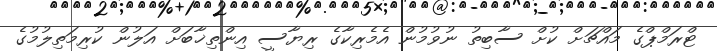
ޓްރަމްޕްގެ މައްޗަށް ކުށް ސާބިތު ނުވުމުން އެމެރިކާގެ ރިޔާސީ އިންތިޚާބަށް އަލުން ކުރިމަތިލުމުގެ